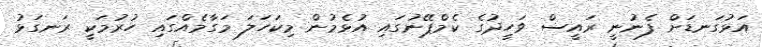
އަޅުގަނޑަށް ފެނުނީ ރައީސް ވަހީދުގެ ކެމްޕޭނުގައި އުޅެމުން މިކަހަލަ މަގާމެއްގައި ހުރުމަކީ ރަނގަޅު